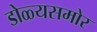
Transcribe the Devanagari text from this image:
डोळ्यसमोर